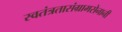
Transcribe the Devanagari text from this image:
स्वतंत्रतासंग्रामसेनानी